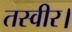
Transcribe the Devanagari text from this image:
तस्वीर।